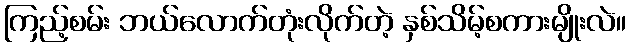
ကြည့်စမ်း ဘယ်လောက်တုံးလိုက်တဲ့ နှစ်သိမ့်စကားမျိုးလဲ။